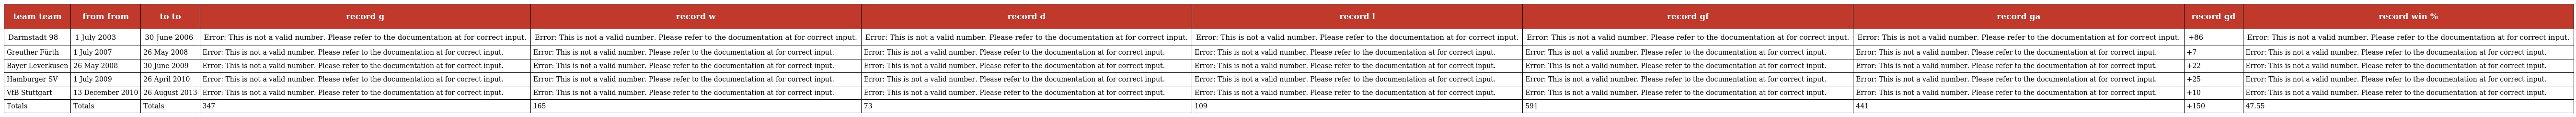
| team team | from from | to to | record g | record w | record d | record l | record gf | record ga | record gd | record win % |
 | --- | --- | --- | --- | --- | --- | --- | --- | --- | --- | --- |
 | Darmstadt 98 | 1 July 2003 | 30 June 2006 | Error: This is not a valid number. Please refer to the documentation at for correct input. | Error: This is not a valid number. Please refer to the documentation at for correct input. | Error: This is not a valid number. Please refer to the documentation at for correct input. | Error: This is not a valid number. Please refer to the documentation at for correct input. | Error: This is not a valid number. Please refer to the documentation at for correct input. | Error: This is not a valid number. Please refer to the documentation at for correct input. | +86 | Error: This is not a valid number. Please refer to the documentation at for correct input. |
 | Greuther Fürth | 1 July 2007 | 26 May 2008 | Error: This is not a valid number. Please refer to the documentation at for correct input. | Error: This is not a valid number. Please refer to the documentation at for correct input. | Error: This is not a valid number. Please refer to the documentation at for correct input. | Error: This is not a valid number. Please refer to the documentation at for correct input. | Error: This is not a valid number. Please refer to the documentation at for correct input. | Error: This is not a valid number. Please refer to the documentation at for correct input. | +7 | Error: This is not a valid number. Please refer to the documentation at for correct input. |
 | Bayer Leverkusen | 26 May 2008 | 30 June 2009 | Error: This is not a valid number. Please refer to the documentation at for correct input. | Error: This is not a valid number. Please refer to the documentation at for correct input. | Error: This is not a valid number. Please refer to the documentation at for correct input. | Error: This is not a valid number. Please refer to the documentation at for correct input. | Error: This is not a valid number. Please refer to the documentation at for correct input. | Error: This is not a valid number. Please refer to the documentation at for correct input. | +22 | Error: This is not a valid number. Please refer to the documentation at for correct input. |
 | Hamburger SV | 1 July 2009 | 26 April 2010 | Error: This is not a valid number. Please refer to the documentation at for correct input. | Error: This is not a valid number. Please refer to the documentation at for correct input. | Error: This is not a valid number. Please refer to the documentation at for correct input. | Error: This is not a valid number. Please refer to the documentation at for correct input. | Error: This is not a valid number. Please refer to the documentation at for correct input. | Error: This is not a valid number. Please refer to the documentation at for correct input. | +25 | Error: This is not a valid number. Please refer to the documentation at for correct input. |
 | VfB Stuttgart | 13 December 2010 | 26 August 2013 | Error: This is not a valid number. Please refer to the documentation at for correct input. | Error: This is not a valid number. Please refer to the documentation at for correct input. | Error: This is not a valid number. Please refer to the documentation at for correct input. | Error: This is not a valid number. Please refer to the documentation at for correct input. | Error: This is not a valid number. Please refer to the documentation at for correct input. | Error: This is not a valid number. Please refer to the documentation at for correct input. | +10 | Error: This is not a valid number. Please refer to the documentation at for correct input. |
 | Totals | Totals | Totals | 347 | 165 | 73 | 109 | 591 | 441 | +150 | 47.55 |